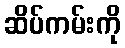
ဆိပ်ကမ်းကို